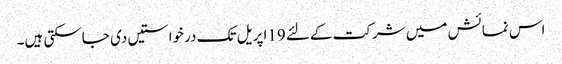
اس نمائش میں شرکت کےلئے 19اپریل تک درخواستیں دی جاسکتی ہیں۔